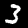
Label: 3